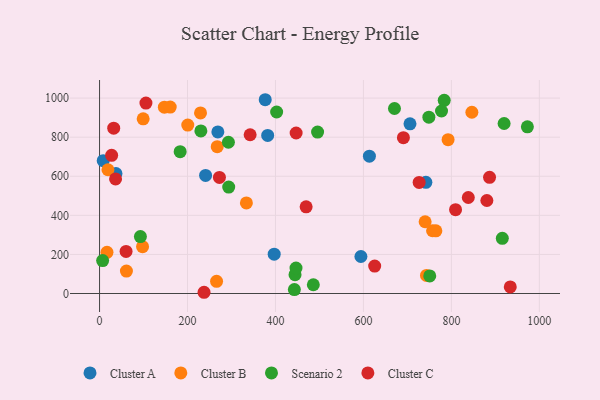
{"axis": {"x": "Experience", "y": "Profit"}, "legend": ["Cluster A", "Cluster B", "Cluster C", "Scenario 2"], "data": [{"x": "269.0", "y": 826.7, "type": "Cluster A"}, {"x": "376.7", "y": 991.7, "type": "Cluster A"}, {"x": "594.3", "y": 189.3, "type": "Cluster A"}, {"x": "705.9", "y": 868.5, "type": "Cluster A"}, {"x": "241.1", "y": 604.3, "type": "Cluster A"}, {"x": "382.3", "y": 809.1, "type": "Cluster A"}, {"x": "8.3", "y": 679.9, "type": "Cluster A"}, {"x": "742.0", "y": 568.8, "type": "Cluster A"}, {"x": "397.1", "y": 201.3, "type": "Cluster A"}, {"x": "37.3", "y": 613.9, "type": "Cluster A"}, {"x": "613.6", "y": 703.0, "type": "Cluster A"}, {"x": "19.1", "y": 633.3, "type": "Cluster B"}, {"x": "757.2", "y": 321.1, "type": "Cluster B"}, {"x": "229.6", "y": 924.4, "type": "Cluster B"}, {"x": "792.5", "y": 787.0, "type": "Cluster B"}, {"x": "61.1", "y": 115.0, "type": "Cluster B"}, {"x": "740.3", "y": 367.1, "type": "Cluster B"}, {"x": "846.6", "y": 927.7, "type": "Cluster B"}, {"x": "99.2", "y": 894.1, "type": "Cluster B"}, {"x": "333.9", "y": 463.5, "type": "Cluster B"}, {"x": "267.6", "y": 751.4, "type": "Cluster B"}, {"x": "764.7", "y": 320.8, "type": "Cluster B"}, {"x": "147.4", "y": 953.7, "type": "Cluster B"}, {"x": "97.8", "y": 239.5, "type": "Cluster B"}, {"x": "16.9", "y": 210.9, "type": "Cluster B"}, {"x": "160.7", "y": 954.0, "type": "Cluster B"}, {"x": "200.6", "y": 862.1, "type": "Cluster B"}, {"x": "266.1", "y": 62.2, "type": "Cluster B"}, {"x": "743.4", "y": 92.3, "type": "Cluster B"}, {"x": "92.9", "y": 291.1, "type": "Scenario 2"}, {"x": "183.3", "y": 725.9, "type": "Scenario 2"}, {"x": "495.8", "y": 825.9, "type": "Scenario 2"}, {"x": "293.7", "y": 544.6, "type": "Scenario 2"}, {"x": "293.0", "y": 774.1, "type": "Scenario 2"}, {"x": "972.8", "y": 852.8, "type": "Scenario 2"}, {"x": "7.0", "y": 168.7, "type": "Scenario 2"}, {"x": "486.1", "y": 44.8, "type": "Scenario 2"}, {"x": "443.0", "y": 20.2, "type": "Scenario 2"}, {"x": "915.8", "y": 282.4, "type": "Scenario 2"}, {"x": "783.7", "y": 988.6, "type": "Scenario 2"}, {"x": "670.6", "y": 946.8, "type": "Scenario 2"}, {"x": "230.4", "y": 831.9, "type": "Scenario 2"}, {"x": "919.9", "y": 870.0, "type": "Scenario 2"}, {"x": "402.7", "y": 928.8, "type": "Scenario 2"}, {"x": "748.8", "y": 902.4, "type": "Scenario 2"}, {"x": "444.5", "y": 96.5, "type": "Scenario 2"}, {"x": "777.6", "y": 934.0, "type": "Scenario 2"}, {"x": "446.7", "y": 130.2, "type": "Scenario 2"}, {"x": "750.8", "y": 90.1, "type": "Scenario 2"}, {"x": "105.5", "y": 974.5, "type": "Cluster C"}, {"x": "933.9", "y": 33.5, "type": "Cluster C"}, {"x": "272.6", "y": 594.3, "type": "Cluster C"}, {"x": "237.6", "y": 6.3, "type": "Cluster C"}, {"x": "447.0", "y": 821.5, "type": "Cluster C"}, {"x": "32.2", "y": 845.9, "type": "Cluster C"}, {"x": "726.7", "y": 568.7, "type": "Cluster C"}, {"x": "809.5", "y": 428.8, "type": "Cluster C"}, {"x": "342.4", "y": 812.5, "type": "Cluster C"}, {"x": "690.9", "y": 797.5, "type": "Cluster C"}, {"x": "625.6", "y": 140.6, "type": "Cluster C"}, {"x": "469.7", "y": 443.8, "type": "Cluster C"}, {"x": "880.7", "y": 475.9, "type": "Cluster C"}, {"x": "36.4", "y": 586.5, "type": "Cluster C"}, {"x": "27.5", "y": 707.4, "type": "Cluster C"}, {"x": "838.5", "y": 491.2, "type": "Cluster C"}, {"x": "886.8", "y": 594.5, "type": "Cluster C"}, {"x": "60.3", "y": 215.6, "type": "Cluster C"}]}